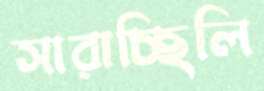
সারাচ্ছিলি